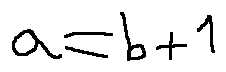
a = b + 1